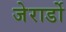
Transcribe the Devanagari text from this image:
जेरार्डो